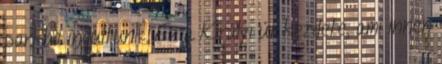
parkba indultunk. Ez a Királyi út kezdete, ami innen